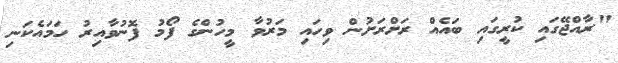
"ރާއްޖޭގައި ކުރީގައި ބައެއް ރަށްރަށުން ވިހައި މަރުވާ މީހުންގެ ފޯމު ފޮނުވާއިރު ހަމައެކަނި